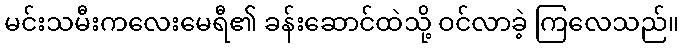
မင်းသမီးကလေးမေရီ၏ ခန်းဆောင်ထဲသို့ ဝင်လာခဲ့ ကြလေသည်။